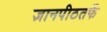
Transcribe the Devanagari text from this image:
ज्ञानपीठतर्फे